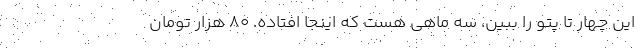
این چهار تا پتو را ببین، سه ماهی هست که اینجا افتاده. ۸۰ هزار تومان